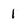
Character: 1